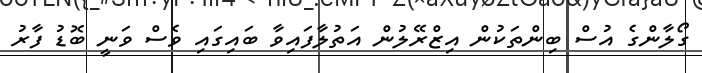
ގޯލާންގެ އުސް ބިންތަކުން އިޒްރޭލުން އަތުލާފައިވާ ބައިގައި ވެސް ވަނީ ބޮޑު ފާރު